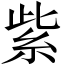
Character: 紫